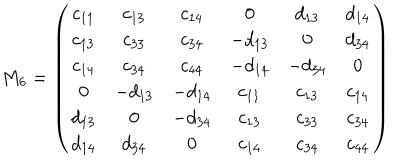
LaTeX: M _ { 6 } = \left( \begin{array} { c c c c c c } { { c _ { 1 1 } } } & { { c _ { 1 3 } } } & { { c _ { 1 4 } } } & { { 0 } } & { { d _ { 1 3 } } } & { { d _ { 1 4 } } } \\ { { c _ { 1 3 } } } & { { c _ { 3 3 } } } & { { c _ { 3 4 } } } & { { - d _ { 1 3 } } } & { { 0 } } & { { d _ { 3 4 } } } \\ { { c _ { 1 4 } } } & { { c _ { 3 4 } } } & { { c _ { 4 4 } } } & { { - d _ { 1 4 } } } & { { - d _ { 3 4 } } } & { { 0 } } \\ { { 0 } } & { { - d _ { 1 3 } } } & { { - d _ { 1 4 } } } & { { c _ { 1 1 } } } & { { c _ { 1 3 } } } & { { c _ { 1 4 } } } \\ { { d _ { 1 3 } } } & { { 0 } } & { { - d _ { 3 4 } } } & { { c _ { 1 3 } } } & { { c _ { 3 3 } } } & { { c _ { 3 4 } } } \\ { { d _ { 1 4 } } } & { { d _ { 3 4 } } } & { { 0 } } & { { c _ { 1 4 } } } & { { c _ { 3 4 } } } & { { c _ { 4 4 } } } \\ \end{array} \right)